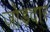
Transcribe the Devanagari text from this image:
जोड़दार